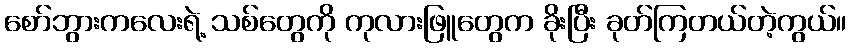
စော်ဘွားကလေးရဲ့ သစ်တွေကို ကုလားဖြူတွေက ခိုးပြီး ခုတ်ကြတယ်တဲ့ကွယ်။